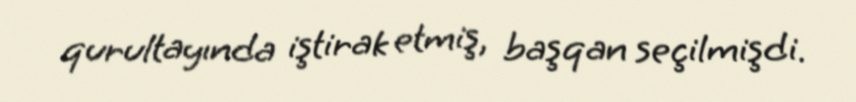
qurultayında iştirak etmiş, başqan seçilmişdi.